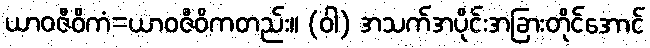
ယာဝဇီဝိကံ=ယာဝဇီဝိကတည်း။ (ဝါ) အသက်အပိုင်းအခြားတိုင်အောင်